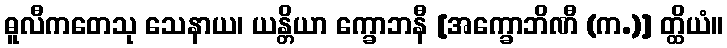
ဓူလီကတေသု သေနာယ၊ ယန္တိယာ က္ခောဘနီ [အက္ခောဘိဏီ (က.)] တ္ထိယံ။